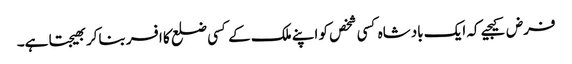
فرض کیجیے کہ ایک بادشاہ کسی شخص کو اپنے ملک کے کسی ضلع کا افسر بناکر بھیجتا ہے۔